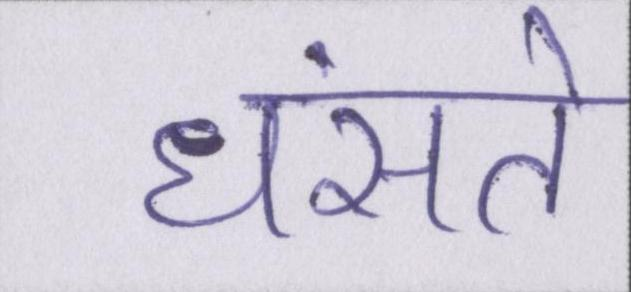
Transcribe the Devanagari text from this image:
धंसते